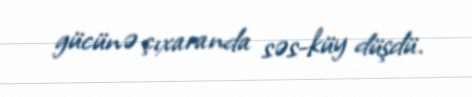
gücünə çıxaranda səs-küy düşdü.